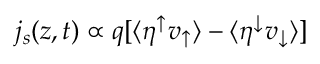
j _ { s } ( z , t ) \propto q [ \langle \eta ^ { \uparrow } v _ { \uparrow } \rangle - \langle \eta ^ { \downarrow } v _ { \downarrow } \rangle ]